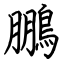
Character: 鵬